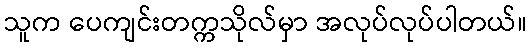
သူက ပေကျင်းတက္ကသိုလ်မှာ အလုပ်လုပ်ပါတယ်။